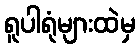
ရူပါရုံများထဲမှ